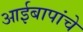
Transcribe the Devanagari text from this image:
आईबापांचे